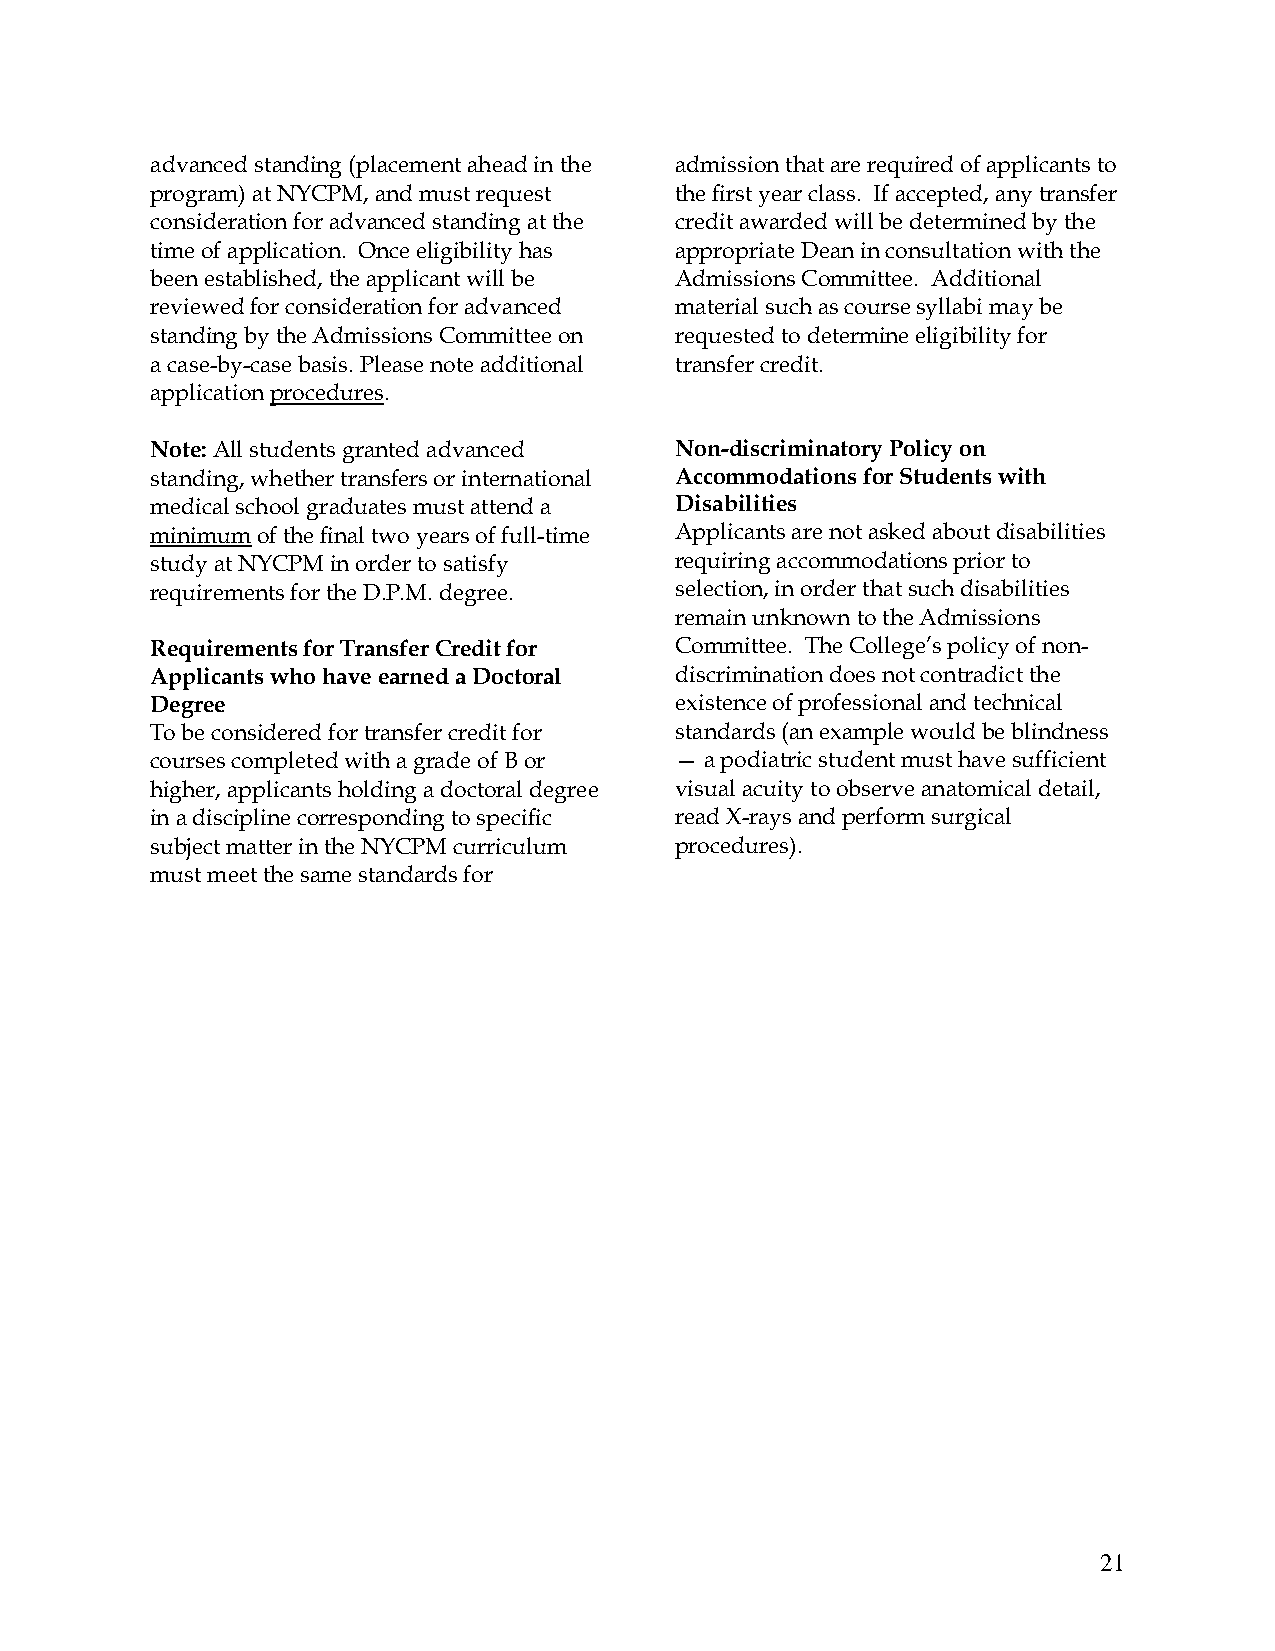
advanced standing (placement ahead in the admission that are required of applicants to
 program) at NYCPM, and must request the first year class. If accepted, any transfer
 consideration for advanced standing at the credit awarded will be determined by the
 time of application. Once eligibility has appropriate Dean in consultation with the
 been established, the applicant will be Admissions Committee. Additional
 reviewed for consideration for advanced material such as course syllabi may be
 standing by the Admissions Committee on requested to determine eligibility for
 a case-by-case basis. Please note additional transfer credit.
 application procedures.
 Note: All students granted advanced Non-discriminatory Policy on
 standing, whether transfers or international Accommodations for Students with
 medical school graduates must attend a Disabilities
 minimum of the final two years of full-time Applicants are not asked about disabilities
 study at NYCPM in order to satisfy requiring accommodations prior to
 requirements for the D.P.M. degree. selection, in order that such disabilities
 remain unknown to the Admissions
 Requirements for Transfer Credit for Committee. The College’s policy of non-
 Applicants who have earned a Doctoral discrimination does not contradict the
 Degree                             existence of professional and technical
 To be considered for transfer credit for standards (an example would be blindness
 courses completed with a grade of B or — a podiatric student must have sufficient
 higher, applicants holding a doctoral degree visual acuity to observe anatomical detail,
 in a discipline corresponding to specific read X-rays and perform surgical
 subject matter in the NYCPM curriculum procedures).
 must meet the same standards for
 21